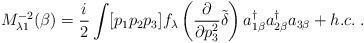
LaTeX: \begin{align*}M^{-2}_{\lambda 1} (\beta) = \frac{i}{2} \int [p_1p_2p_3] f_\lambda\left( \frac{\partial}{\partial p_3^2} \tilde{\delta} \right)a^\dagger_{1\beta} a^\dagger_{2 \beta} a_{3\beta} + h.c. \; .\end{align*}